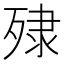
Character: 殔